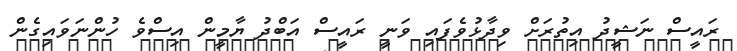
ރައީސް ނަޝީދު އިތުރަށް ވިދާޅުވެފައި ވަނީ ރައީސް އަބްދު ޔާމީން އިސްވެ ހުންނަވައިގެން